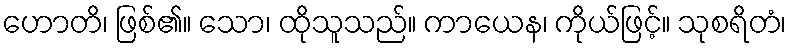
ဟောတိ၊ ဖြစ်၏။ သော၊ ထိုသူသည်။ ကာယေန၊ ကိုယ်ဖြင့်။ သုစရိတံ၊